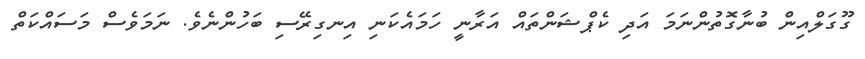
ގޫގަލްއިން ބުނާގޮތުންނަމަ އަދި ކެޕްޝަންތައް އަރާނީ ހަމައެކަނި އިނގިރޭސި ބަހުންނެވެ. ނަމަވެސް މަސައްކަތް